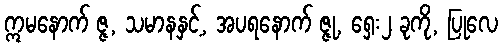
ဣမနောက် ဇ္ဇ, သမာနနှင့်, အပရနောက် ဇ္ဇု, ရှေး၂ ခုကို, ပြုလေ